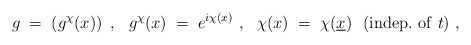
\begin{align*}g\;=\;\left( g^\chi (x)\right)~,~~g^\chi (x)\;=\;e^{i\chi (x)}~,~~\chi (x)\;=\; \chi (\underline{x})~~({\rm indep.~of~} t)~,\end{align*}